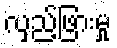
လှည့်ဖြားမှု